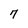
Character: 7